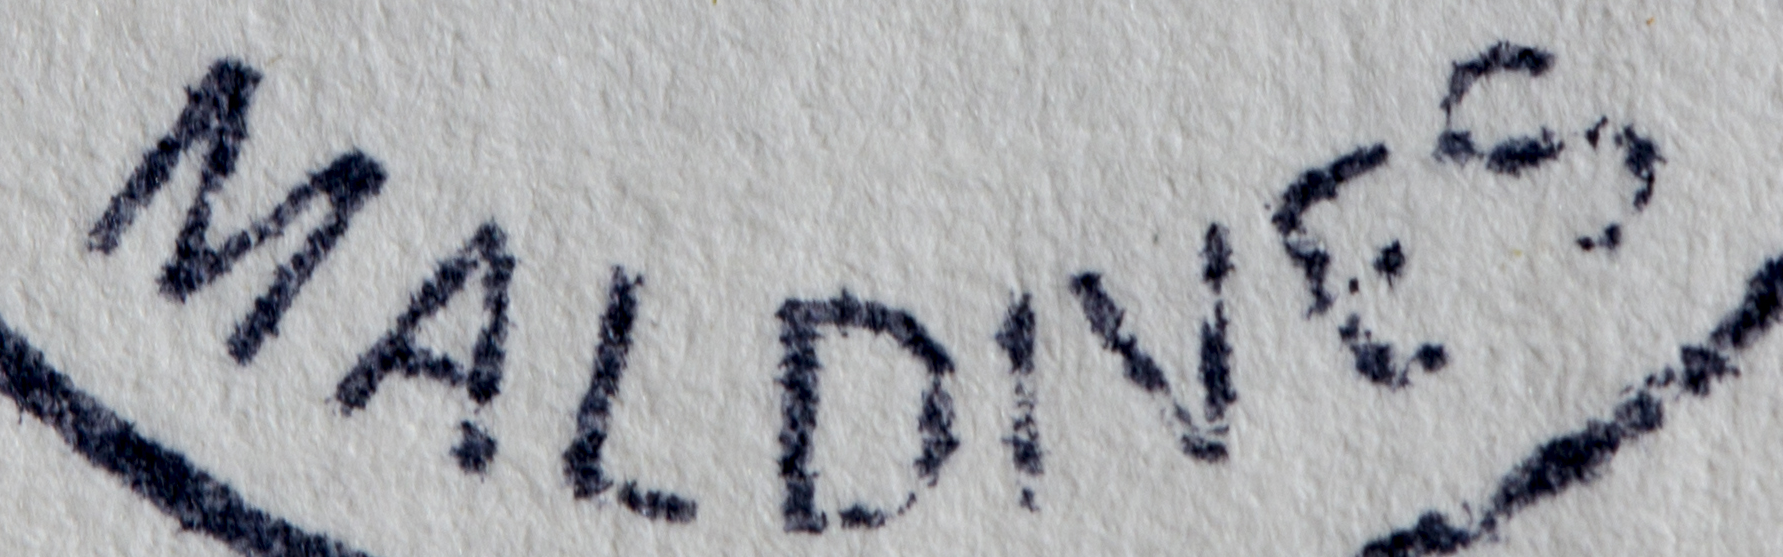
MALDIVES